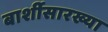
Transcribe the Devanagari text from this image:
बार्शीसारख्या